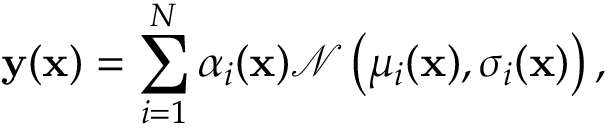
\mathbf { y } ( \mathbf { x } ) = \sum _ { i = 1 } ^ { N } \alpha _ { i } ( \mathbf { x } ) \mathcal { N } \left( \mu _ { i } ( \mathbf { x } ) , \sigma _ { i } ( \mathbf { x } ) \right) ,